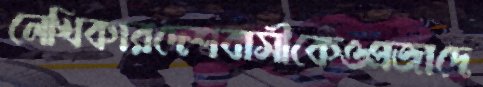
লেখিকারদেশবাসীকেওপ্রজাদে